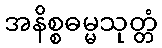
အနိစ္စဓမ္မသုတ္တံ